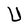
Character: U